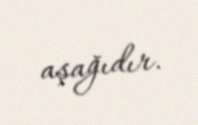
aşağıdır.